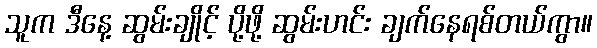
သူက ဒီနေ့ ဆွမ်းချိုင့် ပို့ဖို့ ဆွမ်းဟင်း ချက်နေရစ်တယ်ကွာ။